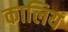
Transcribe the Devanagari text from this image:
कालियं